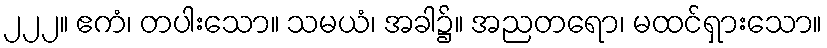
၂၂၂။ ဧကံ၊ တပါးသော။ သမယံ၊ အခါ၌။ အညတရော၊ မထင်ရှားသော။